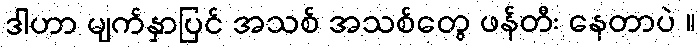
ဒါဟာ မျက်နှာပြင် အသစ် အသစ်တွေ ဖန်တီး နေတာပဲ ။